Lunatic asylums Madras 1892-1911 - 1892-1911
Year: 1892
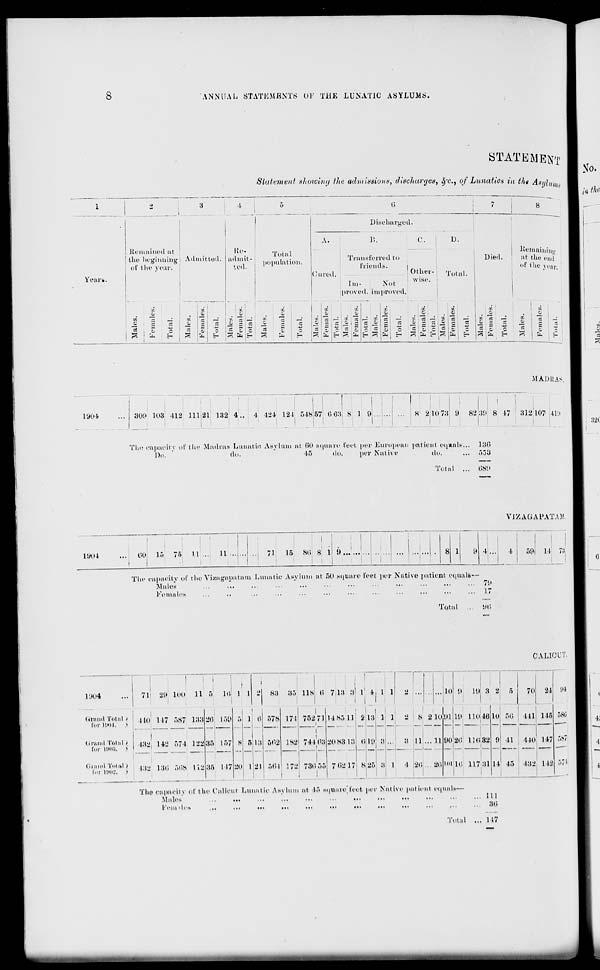
8
ANNUAL STATEMENTS ()!•' THE LUNATIC ASYLUMS.
Yean
Remained tit
the heginni:
ol* the yeai
STATEMENT
Statement showing the admissions, discharges, $"C, of Lunatics in the ASIIL,
8
the heginning Admitted. admit-
ted.
Total
population.
A.
Discharged.
B.
C.
D.
Transferred to
friends.
|
(lured.
Other-
TohlL
I m-
Not
proved, improved.
wise.
in
'-.
~
~
! .
J.
O
•—'
'
'/■
~
—
*
G j C I " i. ■ C
^
Z.
o
* ri rt fe r' rt
'^ i r-i
K
r.
v.
O
--. '— r- r'. m
CO
IS
c
^ 3 5 j "o 3 »1 o |2 '
fcn E- »-. i< [-:<.
r h EH
Died.
Kemaining
iit the end
ol' the year.
CO
,;
1 O
o
3 ,*
£
|
— i B
i , c
|
*|hj
<", j i«
M Aid! As.
L904
809 103 412 11121 132 4.. 4 424 121 548
1
57 ! 0 63
i
^ 1 9
i
8' 21078
■
y 82 89 8 ±7 312 107 -U'.i
Tin; capacity of the Madras Lunatic Asylum at 60 square feel per European patient equals... 130
Do.
do.
45
do.
per Native
do.
... r>,*i3
Total ... 689
The capaoitv of theVizagapatara Lunatic Asylum at 50 square feet per Native patient equals—
Males
...
.'.
'
79
Females
...
••
•••
■ ••
•••
•••
•••
••■
•••
•••
•••
••• '<
Total ... 90
V1ZAGAPATAM.
II 73
C A L1CIT
1904
|
1
71' 29 100
1
1 1
j
■'
11 5
16 1 1
1
1
21 83 35 118 6
1
1
713 3
|
r
i
4, 1 1
!
•>
lti 9
10 8 8 6
70 24 to ■
(.land Tottll '
fur I'.ml. >
Ho 1 17 887 188 86 L50 5 1 6 r>7s 171
1
752 71
i
1485 11 2 18 1 i 2 S 2 1U 01 111 l lu 46 lo ."0 411 145
B
IilUlul Tot :il /
for liiiiss. $
482 U2 674 122 85 I ">7 s 5 18 502 JS2
1
!
74468 20 83 13 6 11) a ... 3 ll...11 00 86 11(132 9 li 440 147
■
Gmnil Total)
[or l'.MIL'.
>
132 186 508 118 36 1 17 20 1 | 8 , 564 ITS
1
786 .-).")
1
7 02 17 8 25
:1
I 4 26
86 Mil » 11733
i
14 45 132 1 12 57-1 I
The oapacitv of the Oaliout Lunatic Asylum at I." square'ieet per Native patient equals—
Males'
' .
'
IN
I'emiles
,,
...
...
•■•
...
•<•
...
>■•
•••
Total ... 11'